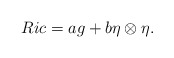
\begin{align*} Ric = ag + b\eta \otimes \eta.\end{align*}